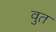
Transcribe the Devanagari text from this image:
वुत